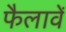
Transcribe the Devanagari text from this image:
फैलावें